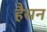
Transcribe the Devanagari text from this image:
हैसन